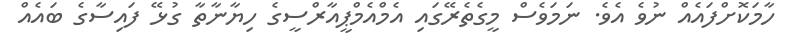
ހާމަކޮށްފައެއް ނުވެ އެވެ. ނަމަވެސް މީގެތެރޭގައި އެމްއެމްޕީއާރްސީގެ ހިޔާނާތާ ގުޅޭ ފައިސާގެ ބައެއް